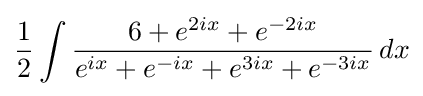
{\frac {1}{2}}\int {\frac {6+e^{2ix}+e^{-2ix}}{e^{ix}+e^{-ix}+e^{3ix}+e^{-3ix}}}\,dx